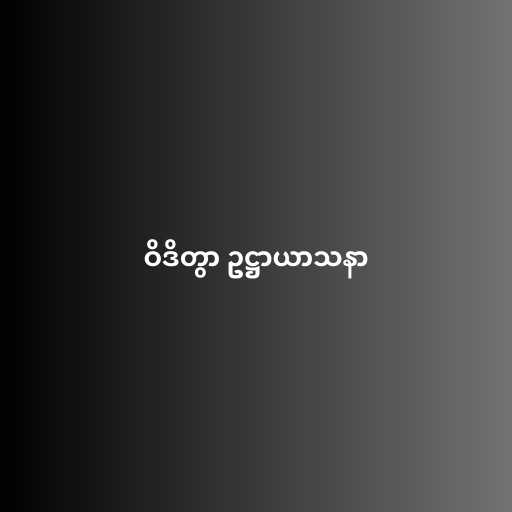
ဝိဒိတွာ ဥဋ္ဌာယာသနာ